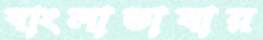
বাংলাভাষায়